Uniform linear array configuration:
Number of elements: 16
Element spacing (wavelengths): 0.75
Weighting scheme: blackman
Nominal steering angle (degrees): -15
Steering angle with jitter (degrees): -16.321
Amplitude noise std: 0.05
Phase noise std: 0.05

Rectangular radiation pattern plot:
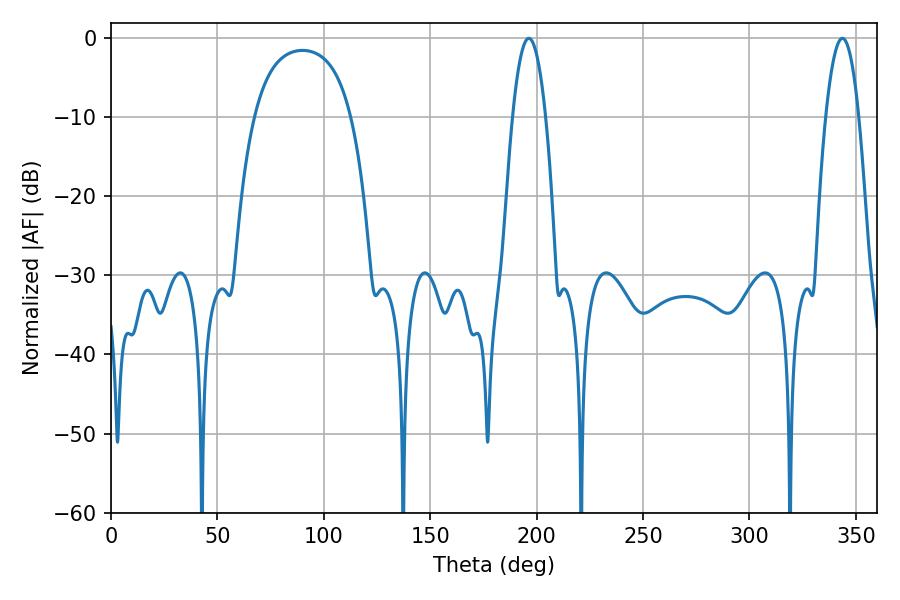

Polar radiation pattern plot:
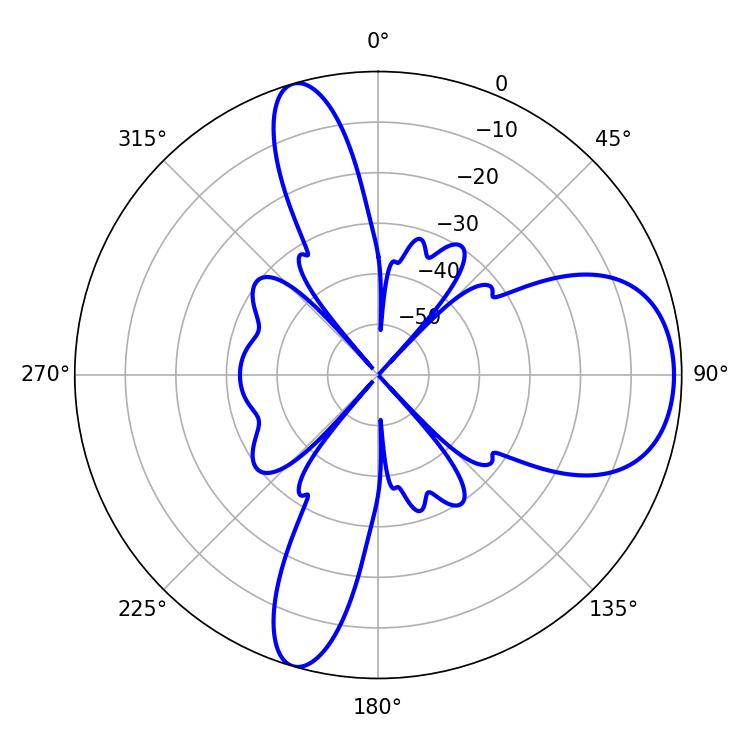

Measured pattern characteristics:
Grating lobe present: TRUE
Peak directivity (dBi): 8.496
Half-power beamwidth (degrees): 8.64
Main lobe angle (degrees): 196.38